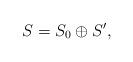
LaTeX: \begin{align*} S=S_0\oplus S^\prime,\end{align*}